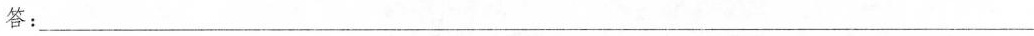
答：___